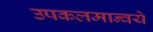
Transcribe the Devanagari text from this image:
उपकलमान्वये